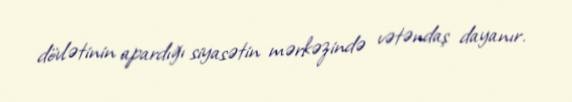
dövlətinin apardığı siyasətin mərkəzində vətəndaş dayanır.